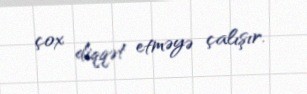
çox diqqət etməyə çalışır.